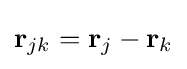
\mathbf {r} _{jk}=\mathbf {r} _{j}-\mathbf {r} _{k}